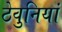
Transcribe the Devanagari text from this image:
ठेवुनियां